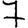
Digit: 7